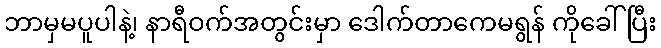
ဘာမှမပူပါနဲ့၊ နာရီဝက်အတွင်းမှာ ဒေါက်တာကေမရွန် ကိုခေါ်ပြီး